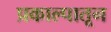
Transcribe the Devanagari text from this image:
प्रकाल्पातून